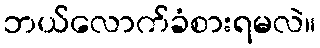
ဘယ်လောက်ခံစားရမလဲ။